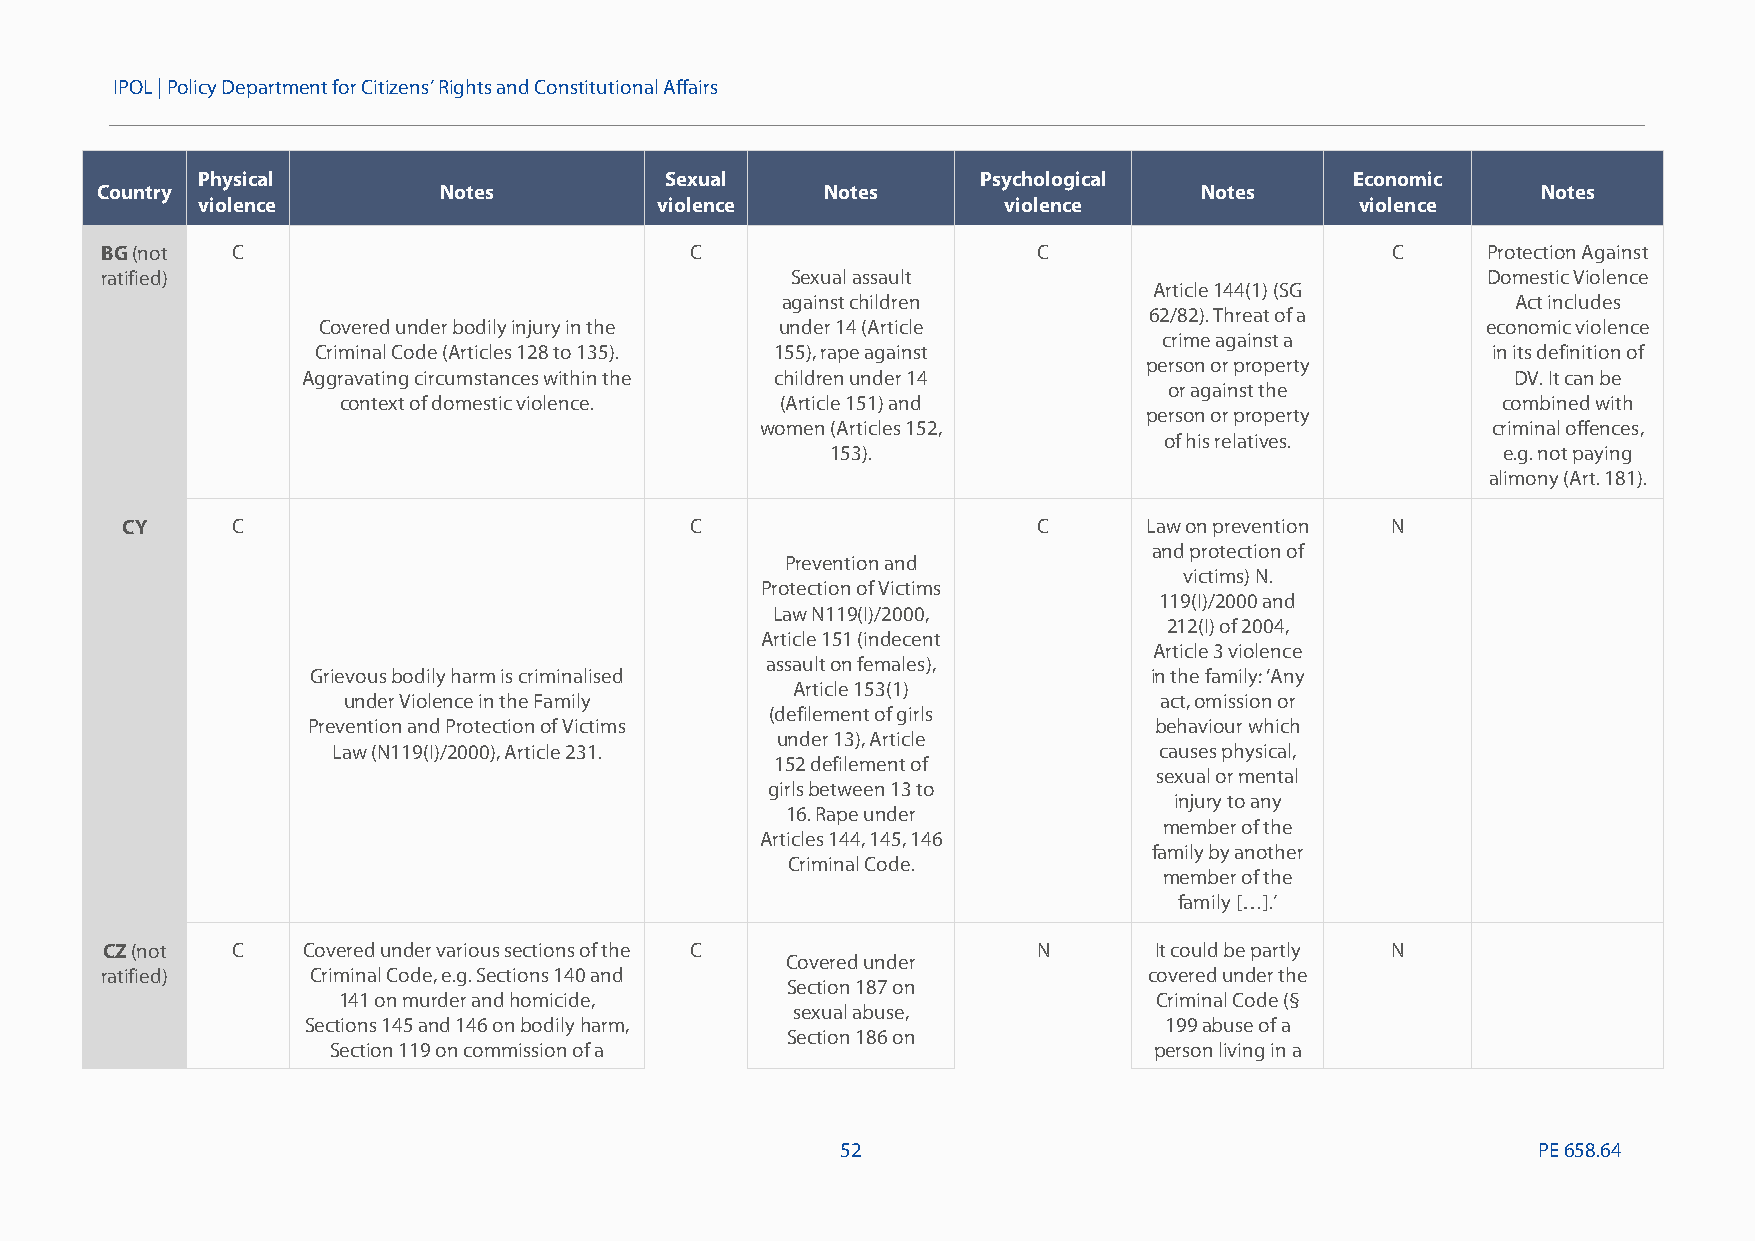
IPOL |Policy Department for Citizens’ Rights and Constitutional Affairs
 Physical                       Sexual               Psychological            Economic
 Country                Notes                     Notes                   Notes                  Notes
 violence                      violence               violence                violence
 BG(not  C                              C                      C                      C     Protection Against
 ratified)                                    Sexual assault                                Domestic Violence
 Article 144(1) (SG
 against children                                Act includes
 62/82). Threat of a
 Covered under bodily injury in the under 14 (Article                         economic violence
 crime against a
 Criminal Code (Articles 128 to 135). 155), rape against                       in its definition of
 person or property
 Aggravating circumstances within the children under 14                          DV. It can be
 or against the
 context of domestic violence. (Article 151) and                              combined with
 person or property
 women (Articles 152,                             criminal offences,
 of his relatives.
 153).                                       e.g. not paying
 alimony (Art.181).
 CY     C                              C                      C      Law on prevention N
 and protection of
 Prevention and
 victims) N.
 Protection of Victims
 119(I)/2000 and
 Law N119(I)/2000,
 212(I) of 2004,
 Article 151 (indecent
 Article 3 violence
 assault on females),
 Grievous bodily harm is criminalised                   in the family: ‘Any
 Article 153(1)
 under Violence in the Family                          act, omission or
 (defilement of girls
 Prevention and Protection of Victims                    behaviour which
 under 13), Article
 Law (N119(I)/2000), Article 231.                       causes physical,
 152 defilement of
 sexual or mental
 girls between 13 to
 injury to any
 16. Rape under
 member of the
 Articles 144, 145, 146
 family by another
 Criminal Code.
 member of the
 family […].’
 CZ(not  C    Covered under various sections of the C          N      It could be partly N
 Covered under
 ratified)     Criminal Code, e.g. Sections 140 and                   covered under the
 Section 187 on
 141 on murder and homicide,                           Criminal Code (§
 sexual abuse,
 Sections 145 and 146 on bodilyharm,                      199abuse of a
 Section 186 on
 Section 119 on commission of a                        person living in a
 52                                            PE658.64